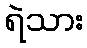
ရဲသား